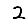
Digit: 2